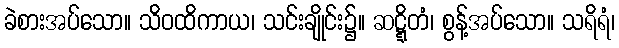
ခဲစားအပ်သော။ သိဝထိကာယ၊ သင်းချိုင်း၌။ ဆဋ္ဋိတံ၊ စွန့်အပ်သော။ သရိရံ၊